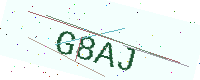
Text: G8AJ